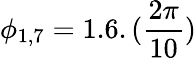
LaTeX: \phi_{1,7}=1.6.(\frac{2\pi}{10})